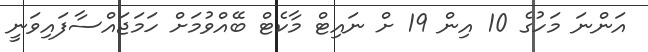
އަންނަ މަހުގެ 10 އިން 19 ށް ނައިޓް މާކެޓް ބޭއްވުމަށް ހަމަޖައްސާފައިވަނީ